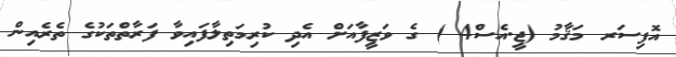
އޮފިސަރ މަޤާމު (ޖީ.އެސް4 ) ގެ ވަޒީފާއަށް އެދި ކުރިމަތިލާފައިވާ ފަރާތްތަކުގެ ތެރެއިން